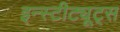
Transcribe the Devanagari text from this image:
इन्स्टीट्यूट्स